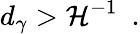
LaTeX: d_{\gamma}>\mathcal{H}^{-1}\ \ .